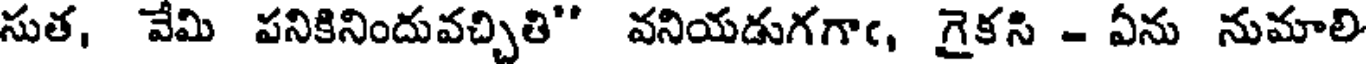
సుత, వేమి పనికినిందువచ్చితి" వనియడుగగాఁ, గైకసి - ఏను నుమాలి